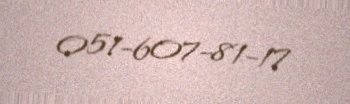
051-607-81-17